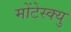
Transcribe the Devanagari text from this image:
मोंटेस्क्यु